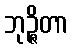
ဘုဉ္ဇိတာ